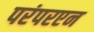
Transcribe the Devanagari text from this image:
परंपरएन